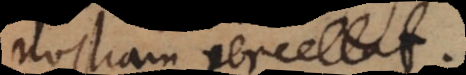
nostram percellat.